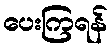
ပေးကြရန်